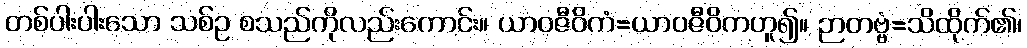
တစ်ပါးပါးသော သစ်ဥ စသည်ကိုလည်းကောင်း။ ယာဝဇီဝိကံ=ယာဝဇီဝိကဟူ၍။ ဉာတဗ္ဗံ=သိထိုက်၏၊